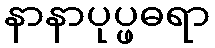
နာနာပုပ္ဖဓရာ